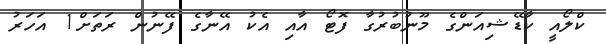
ކްލޯއީ ކާޑޭޝިއަންގެ މޫނުބުރުގާ ފޮޓޯ އާއި އެކު އޭނާގެ ފޭނުން ރަތަށް1 އަހަރު